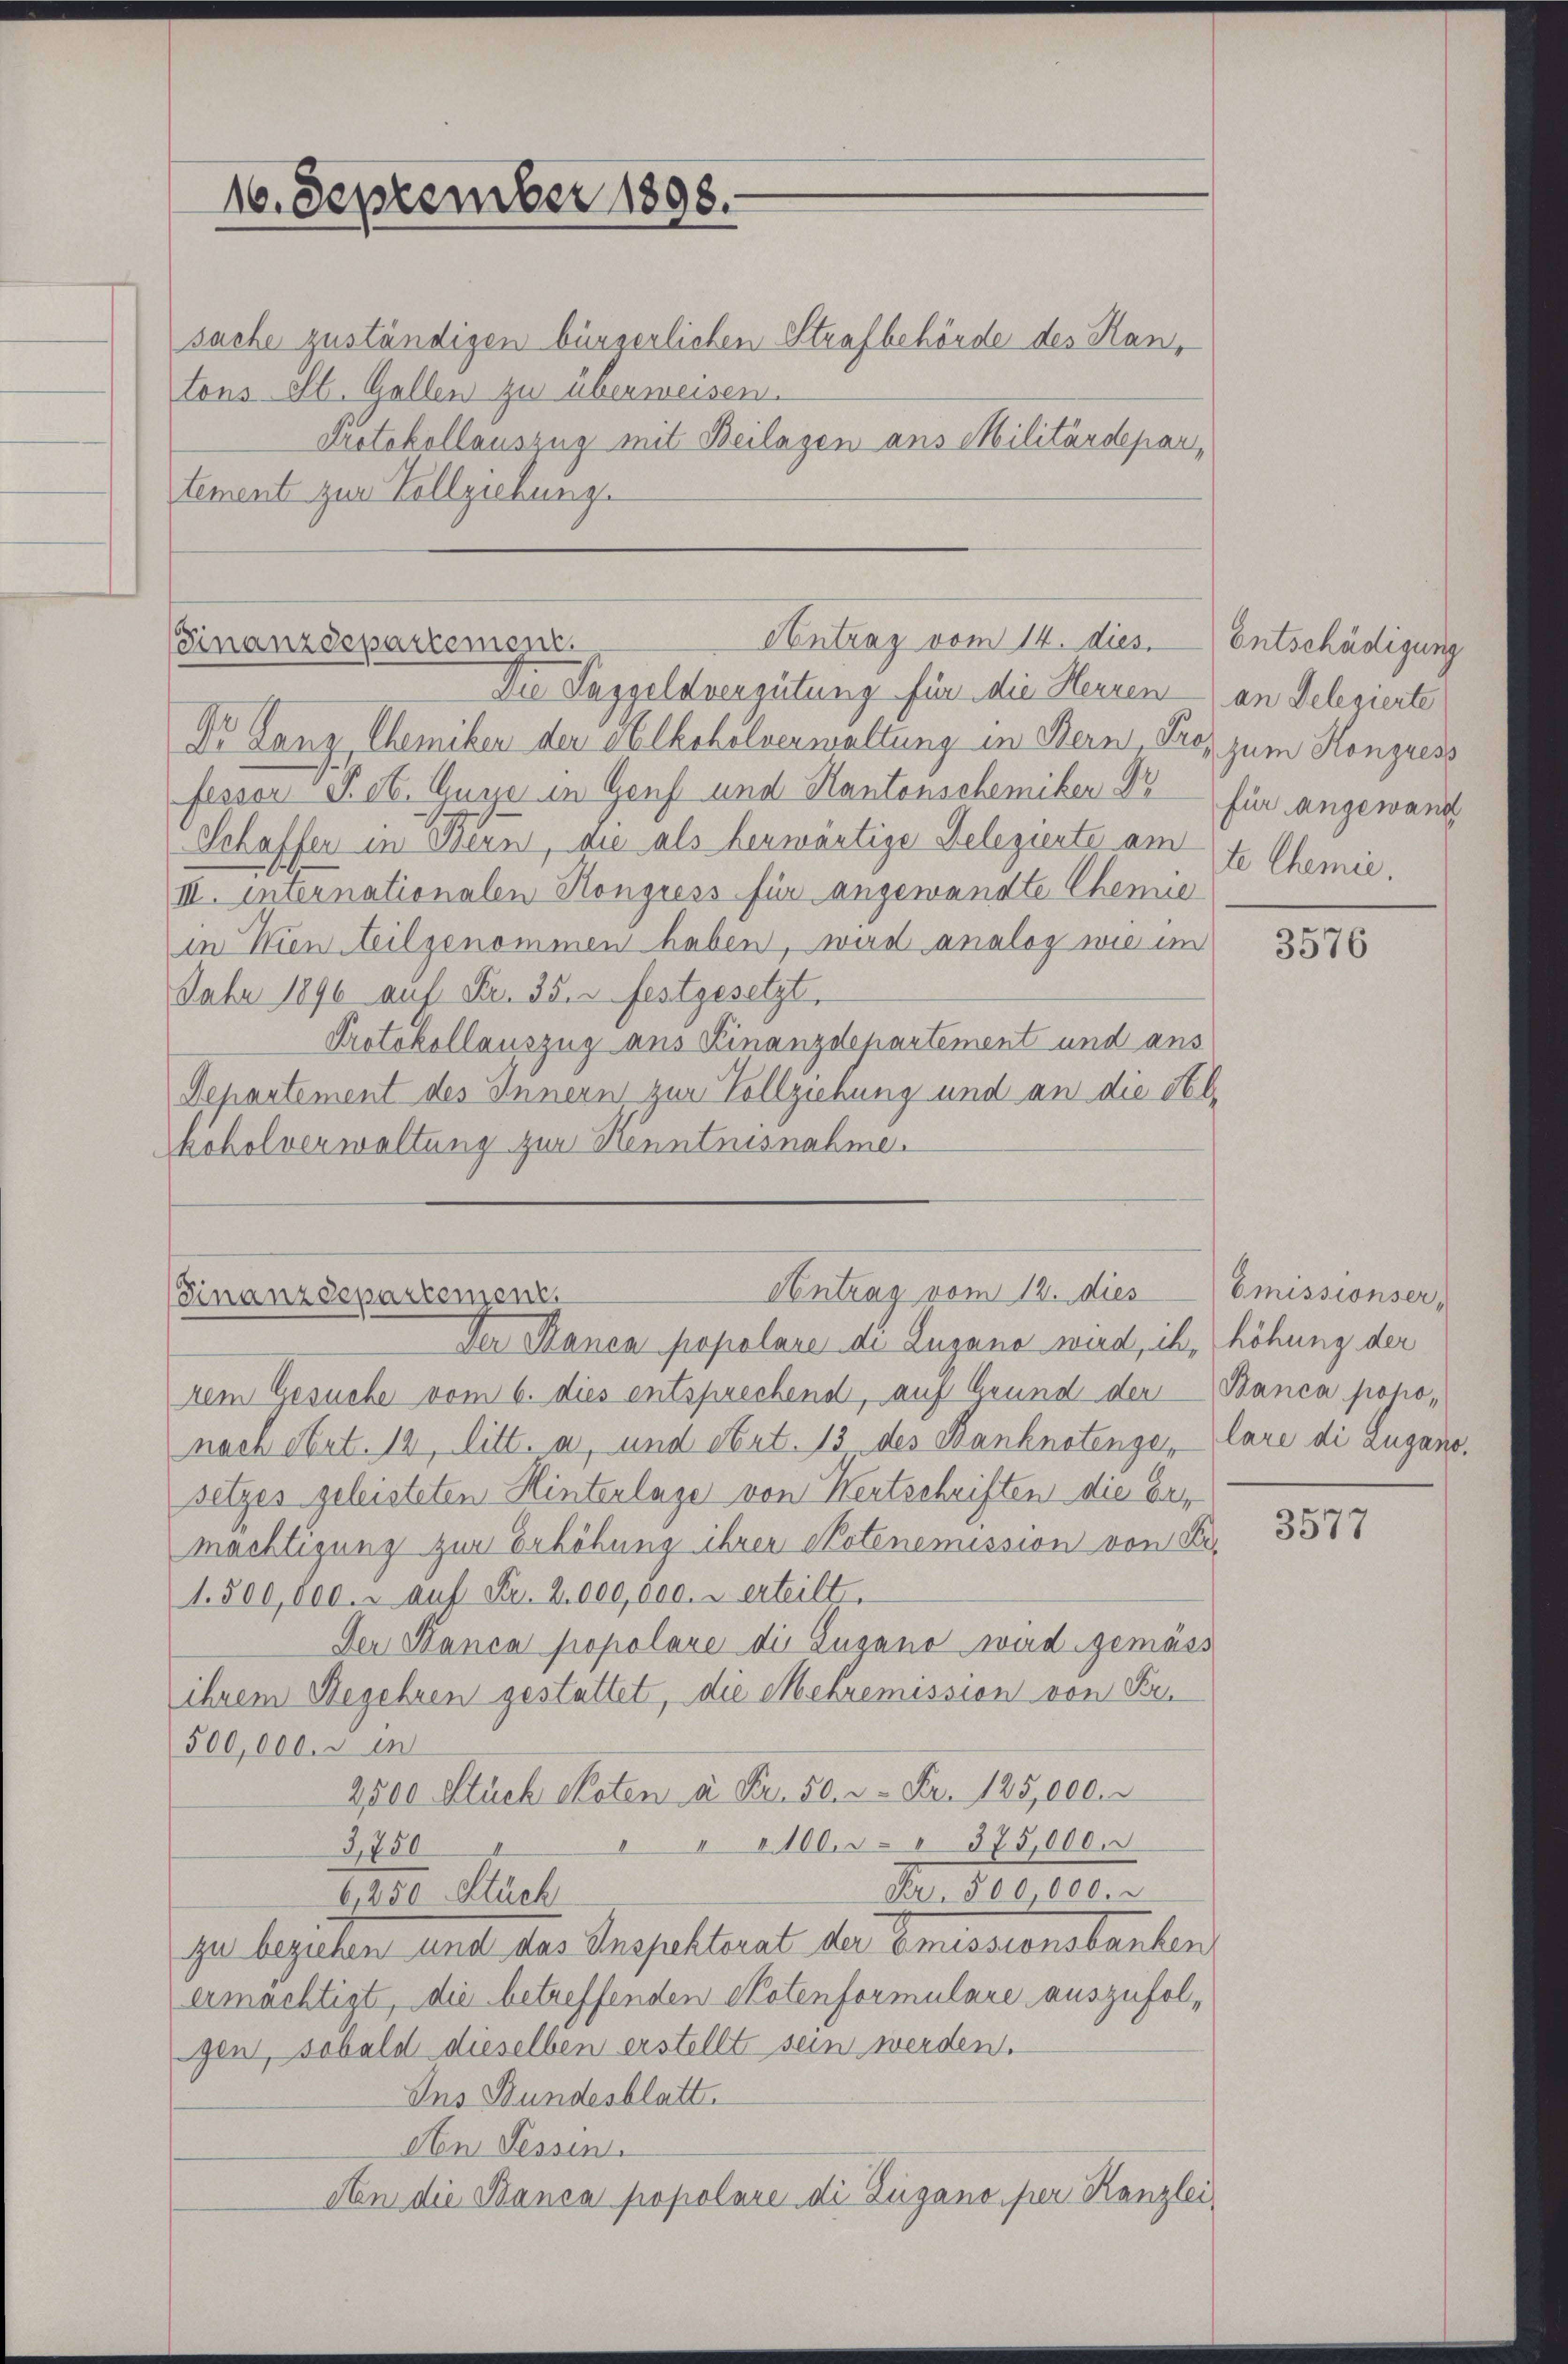
sache zuständigen bürgerlichen Strafbehörde des Hans
tons St. Gallen zu überweisen.
Protokollauszug mit Beilagen aus Militärdepar
tement zur Vollziehung.

16. September 1898.

Antrag vom 14. dies. Entschädigung
Finanzdepartement.
Die Taggeldvergütung für die Herren an Delegierte

Dr. Ganz, Chemiker der Alkoholverwaltung in Bern Pros zum Kongress
fessor P. ob. Guye in Genf und Kantonschemiber Dr für angewandt
Schaffen in Bern, die als herwärtige Delegierte am
III. Internationalen Kongress für angewandte Chemie
in Wien teilgenommen haben, wird analog wie im
Febr 1890 auf Fr. 35. 3 festgesetzt
Protokollauszug aus Finanzdepartement und aus
Departement des Innern zur Vollziehung und an die Ab-
koholverwaltung zur Kenntnisnahme.

Antrag vom 12. dies
Finanzdepartement

Der Manca popolare di Lugano wird, ihn höhung der
rem Gesuche vom 6. dies entsprechend, auf Grund der Banca pohonach Art. 12, litt. a, und Art. 13 des Banknotenge, lare di Luganosetzes geleisteten Hinterlage von Kertschriften die Ermächtigung zur Erhöhung ihrer Notenemission von Fr.
1.500,000. u auf Fr. 2,000,000. u erteilt,
Der Banca propolare die Zugano wird gemäss
ihrem Begehren gestattet, die Mehremission von Be¬
500,000. r en
2,800 Stück Noten à Fr. 50. 2. Fr. 125,000.
" 1100.5." 375,000.
3,750
Fr. 500 000.
6,250 Stuch
zu beziehen und das Inspektorat der Emissionsbauben
ermächtigt, die betreffenden Notenformulare auszufolgen, sobald dieselben erstellt sein werden.
Ins Bundesblatt.
An Tessin.
An die Banca popolare die Zugano per Kanzlei

te Chemie,

3576

Emissionser,

3577